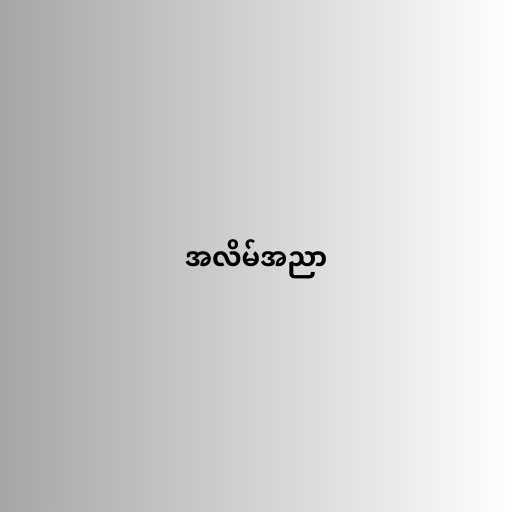
အလိမ်အညာ